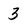
Character: 3